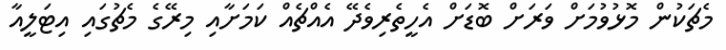
މެޗަކުން މޮޅުވުމަށް ވަރަށް ބޮޑަށް އެހީތެރިވެދޭ އެއްޗެއް ކަމަށާއި މިރޭގެ މެޗުގައި އިޓަލީއާ